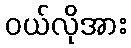
ဝယ်လိုအား